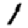
Digit: 1